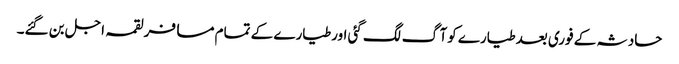
حادثہ کے فوری بعدطیارے کوآگ لگ گئی اورطیارے کے تمام مسافرلقمہ اجل بن گئے۔